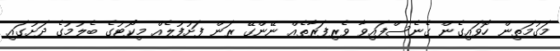
މަގުމަތިން ހޮވައިގެން ގެނެސްފައިވާ ވެރިފަރާތެއް ނޭންގޭ ރަން ފަށުފުލެއް މިކޯޓުގެ ބެލުމުގެ ދަށުގައި